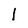
Character: 1